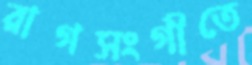
রাগসংগীতে